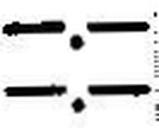
—.—